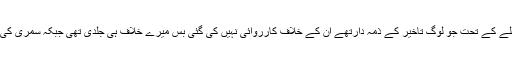
بابر اعوان کا موقف تھا کہ سپریم کورٹ کے فیصلے کے تحت جو لوگ تاخیر کے ذمہ دارتھے ان کے خلاف کارروائی نہیں کی گئی بس میرے خلاف ہی جلدی تھی جبکہ سمری کی منظوری وزیر کی بجائے سیکریٹری کا کام ہے۔